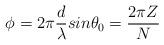
LaTeX: \begin{align*}\phi=2\pi\frac{d}{\lambda}{sin}\theta_0=\frac{2\pi Z}{N}\end{align*}